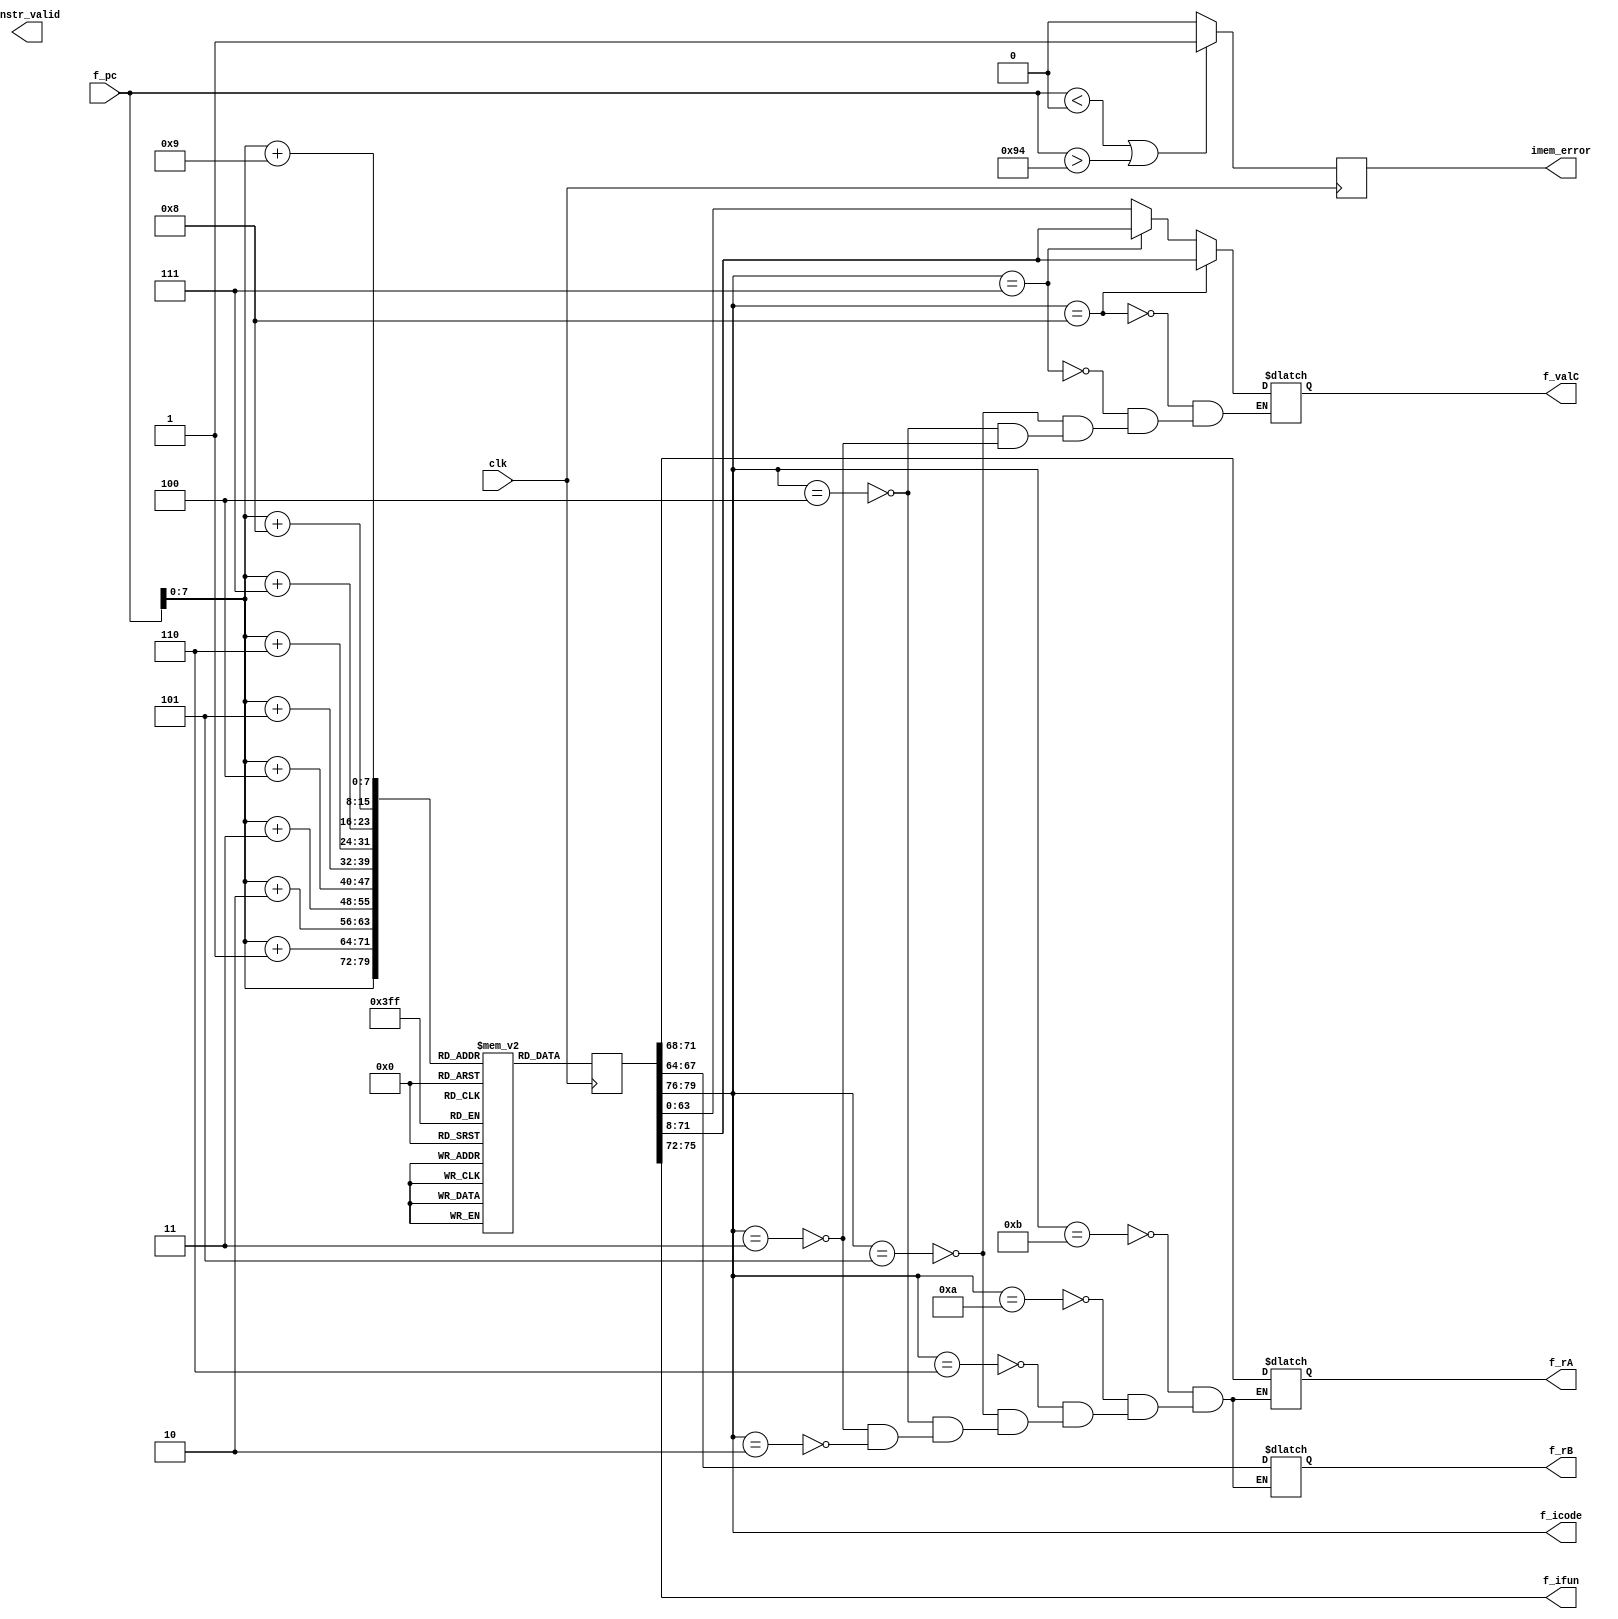


module Instruction_memory(clk,f_pc,f_icode,f_ifun,f_rA,f_rB,f_valC,imem_error,instr_valid);

input [63:0] f_pc;
input clk;
output reg [3:0] f_icode,f_ifun;
output reg [3:0] f_rA,f_rB;
output reg signed[63:0] f_valC;
output reg imem_error,instr_valid;

reg [7:0] instruction [247:0];

reg [0:79] instr;

initial
begin
    // define instruction memory

instruction[1] = 8'b00110000;
instruction[2] = 8'b11110000; 
instruction[3] = 8'b00000000; 
instruction[4] = 8'b00000000; 
instruction[5] = 8'b00000000; 
instruction[6] = 8'b00000000; 
instruction[7] = 8'b00000000; 
instruction[8] = 8'b00000000; 
instruction[9] = 8'b00000000; 
instruction[10] = 8'b00000111; 

instruction[11] = 8'b00110000;
instruction[12] = 8'b11110001; 
instruction[13] = 8'b00000000; 
instruction[14] = 8'b00000000; 
instruction[15] = 8'b00000000; 
instruction[16] = 8'b00000000; 
instruction[17] = 8'b00000000; 
instruction[18] = 8'b00000000; 
instruction[19] = 8'b00000000; 
instruction[20] = 8'b00000101; 

instruction[21] = 8'b00110000;
instruction[22] = 8'b11110010; 
instruction[23] = 8'b00000000; 
instruction[24] = 8'b00000000; 
instruction[25] = 8'b00000000; 
instruction[26] = 8'b00000000; 
instruction[27] = 8'b00000000; 
instruction[28] = 8'b00000000; 
instruction[29] = 8'b00000000; 
instruction[30] = 8'b00000100; 

instruction[31] = 8'b00110000;
instruction[32] = 8'b11110011; 
instruction[33] = 8'b00000000; 
instruction[34] = 8'b00000000; 
instruction[35] = 8'b00000000; 
instruction[36] = 8'b00000000; 
instruction[37] = 8'b00000000; 
instruction[38] = 8'b00000000; 
instruction[39] = 8'b00000000; 
instruction[40] = 8'b00000110; 

instruction[41] = 8'b01100000;
instruction[42] = 8'b00110010; 

instruction[43] = 8'b01100001;
instruction[44] = 8'b00000001; 

instruction[45] = 8'b10000000; 
instruction[46] = 8'b00000000; 
instruction[47] = 8'b00000000; 
instruction[48] = 8'b00000000; 
instruction[49] = 8'b00000000; 
instruction[50] = 8'b00000000; 
instruction[51] = 8'b00000000;
instruction[52] = 8'b00000000; 
instruction[53] = 8'b01011001; 

instruction[54] = 8'b01000000; 
instruction[55] = 8'b00100011; 
instruction[56] = 8'b00000000; 
instruction[57] = 8'b00000000; 
instruction[58] = 8'b00000000; 
instruction[59] = 8'b00000000; 
instruction[60] = 8'b00000000; 
instruction[61] = 8'b00000000;
instruction[62] = 8'b00000000; 
instruction[63] = 8'b00000111; 

instruction[64] = 8'b01010000; 
instruction[65] = 8'b10100011; 
instruction[66] = 8'b00000000; 
instruction[67] = 8'b00000000; 
instruction[68] = 8'b00000000; 
instruction[69] = 8'b00000000;
instruction[70] = 8'b00000000; 
instruction[71] = 8'b00000000;
instruction[72] = 8'b00000000; 
instruction[73] = 8'b00000111; 

instruction[74] = 8'b01100000;
instruction[75] = 8'b10100001;

instruction[76] = 8'b10100000;
instruction[77] = 8'b00101111;

instruction[78] = 8'b10110000;
instruction[79] = 8'b10111111;

instruction[80] = 8'b01110000;
instruction[81] = 8'b00000000; 
instruction[82] = 8'b00000000; 
instruction[83] = 8'b00000000; 
instruction[84] = 8'b00000000; 
instruction[85] = 8'b00000000; 
instruction[86] = 8'b00000000; 
instruction[87] = 8'b00000000; 
instruction[88] = 8'b01011110;

instruction[89] = 8'b01100010;
instruction[90] = 8'b00000001;

instruction[91] = 8'b01100011;
instruction[92] = 8'b00000000;

instruction[93] = 8'b10010000;

instruction[94] = 8'b00010000;

instruction[95] = 8'b01100001;
instruction[96] = 8'b10100010;

instruction[97] = 8'b01110100;
instruction[98] = 8'b00000000; 
instruction[99] = 8'b00000000; 
instruction[100] = 8'b00000000; 
instruction[101] = 8'b00000000; 
instruction[102] = 8'b00000000; 
instruction[103] = 8'b00000000; 
instruction[104] = 8'b00000000; 
instruction[105] = 8'b01111110;

instruction[106] = 8'b00110000;
instruction[107] = 8'b11110101; 
instruction[108] = 8'b00000000; 
instruction[109] = 8'b00000000; 
instruction[110] = 8'b00000000; 
instruction[111] = 8'b00000000; 
instruction[112] = 8'b00000000; 
instruction[113] = 8'b00000000; 
instruction[114] = 8'b00000000; 
instruction[115] = 8'b00000001;

instruction[116] = 8'b00110000;
instruction[117] = 8'b11110110; 
instruction[118] = 8'b00000000; 
instruction[119] = 8'b00000000; 
instruction[120] = 8'b00000000; 
instruction[121] = 8'b00000000; 
instruction[122] = 8'b00000000; 
instruction[123] = 8'b00000000; 
instruction[124] = 8'b00000000; 
instruction[125] = 8'b00000010;

instruction[126] = 8'b00110000;
instruction[127] = 8'b11110111; 
instruction[128] = 8'b00000000; 
instruction[129] = 8'b00000000; 
instruction[130] = 8'b00000000; 
instruction[131] = 8'b00000000; 
instruction[132] = 8'b00000000; 
instruction[133] = 8'b00000000; 
instruction[134] = 8'b00000000; 
instruction[135] = 8'b00000011;

instruction[136] = 8'b00110000;
instruction[137] = 8'b11111000; 
instruction[138] = 8'b00000000; 
instruction[139] = 8'b00000000; 
instruction[140] = 8'b00000000; 
instruction[141] = 8'b00000000; 
instruction[142] = 8'b00000000; 
instruction[143] = 8'b00000000; 
instruction[144] = 8'b00000000; 
instruction[145] = 8'b00000100;

instruction[146] = 8'b01100001;
instruction[147] = 8'b00000001;

instruction[148] = 8'b00000000;

end

always @(posedge clk)
begin
    #55
    if(f_pc<64'd0 || f_pc>64'd148)
    begin
        imem_error=1'd1;
    end
    else
    begin
        imem_error=1'd0;
    end
instr={
        instruction[f_pc],
        instruction[f_pc+1],
        instruction[f_pc+2],
        instruction[f_pc+3],
        instruction[f_pc+4],
        instruction[f_pc+5],
        instruction[f_pc+6],
        instruction[f_pc+7],
        instruction[f_pc+8],
        instruction[f_pc+9]
      };

end

always @(instr)
begin
    #1

    f_icode=instr[0:3];
    f_ifun=instr[4:7];

    #1
    
    if(f_icode==4'd0)
        begin
            
        end
    if(f_icode==4'd1)
        begin
            
        end
    if(f_icode==4'd2)
        begin
            
            f_rA<=instr[8:11];
            f_rB<=instr[12:15];
        end
    if(f_icode==4'd3)
        begin
            
            f_rA<=instr[8:11];
            f_rB<=instr[12:15];
            f_valC<=instr[16:79];
        end
    if(f_icode==4'd4)
        begin
            
            f_rA<=instr[8:11];
            f_rB<=instr[12:15];
            f_valC<=instr[16:79];
        end
    if(f_icode==4'd5)
        begin
           
            f_rA<=instr[8:11];
            f_rB<=instr[12:15];
            f_valC<=instr[16:79];
        end
    if(f_icode==4'd6)
        begin
            
            f_rA<=instr[8:11];
            f_rB<=instr[12:15];
        end
    if(f_icode==4'd7)
        begin
            
            f_valC<=instr[8:71];
        end
    if(f_icode==4'd8)
        begin
           
            f_valC<=instr[8:71];
        end
    if(f_icode==4'd9)
        begin
            
        end
    if(f_icode==4'd10)
        begin
            
            f_rA<=instr[8:11];
            f_rB<=instr[12:15];
        end
    if(f_icode==4'd11)
        begin
            
            f_rA<=instr[8:11];
            f_rB<=instr[12:15];
            end


end


endmodule

module PC_Increment(clk,f_pc,f_icode,f_valP);
    input [63:0] f_pc;
    input [3:0] f_icode;
    input clk;
    output reg[63:0] f_valP;
    initial
    begin
        f_valP <= 64'd1;
    end
    always @(posedge clk)
    begin
        #57
        if(f_icode==4'd0)
            begin
                f_valP <= f_pc+1;
            end
        if(f_icode==4'd1)
            begin
                f_valP <= f_pc+1;
            end
        if(f_icode==4'd2)
            begin
                f_valP <= f_pc+2;
            end
        if(f_icode==4'd3)
            begin
                f_valP <= f_pc+10;
            end
        if(f_icode==4'd4)
            begin
                f_valP <= f_pc+10;
            end
        if(f_icode==4'd5)
            begin
                f_valP <= f_pc+10;
            end
        if(f_icode==4'd6)
            begin
                f_valP <= f_pc+2;
            end
        if(f_icode==4'd7)
            begin
                f_valP <= f_pc+9;
            end
        if(f_icode==4'd8)
            begin
                f_valP <= f_pc+9;
            end
        if(f_icode==4'd9)
            begin
                f_valP <= f_pc+1;
            end
        if(f_icode==4'd10)
            begin
                f_valP <= f_pc+2;
            end
        if(f_icode==4'd11)
            begin
                f_valP <= f_pc+2;
            end
    end
endmodule


module Predict_PC(clk,f_icode,f_ifun,f_valP,f_valC,f_predPC);
    input [3:0] f_icode;
    input [3:0] f_ifun;
    input signed[63:0] f_valC;
    input [63:0] f_valP;
    input clk;
    output reg[63:0] f_predPC;
    initial
    begin
        f_predPC <= 64'd1;
    end
    always @(posedge clk)
    begin
        #65
        if(f_icode==4'd7 && f_ifun==4'd0) // unconditional jump
        begin
            f_predPC<=f_valC;
        end
        else if(f_icode==4'd8) //call
        begin
            f_predPC<=f_valC;
        end
        else if(f_icode==4'd7 && f_ifun>4'd0) //conditional jump
        begin
            f_predPC<=f_valC;
        end
        else  // return will be taken care off in select_pc module
        begin
            f_predPC<=f_valP;
        end     
    end
    
endmodule

module Select_PC(clk,F_predPC,M_icode,M_Cnd,M_valA,W_icode,W_valM,f_pc);
    input [3:0] M_icode;
    input [3:0] W_icode;
    input M_Cnd,clk;
    input signed[63:0] M_valA;
    input signed[63:0] W_valM;
    input [63:0] F_predPC;
    output reg[63:0] f_pc;
    always @(posedge clk)
    begin
        #50

    if(M_icode == 4'd7 && M_Cnd==1'd0) // misprediction of conditional jump
    begin
        f_pc <= M_valA;
    end
    else if( W_icode == 4'd9 )  // return 
    begin
        f_pc <= W_valM;
    end
    else
    begin
        f_pc <= F_predPC;
    end
    end

endmodule


module f_Stat(clk,f_icode,imem_error,instr_valid,f_stat);
    input [3:0] f_icode;
    input imem_error;
    input instr_valid,clk;
    output reg[3:0] f_stat;

    always @(posedge clk)
    begin
        #65
        if(imem_error==1'd1) 
        begin
            f_stat <= 4'd1;
        end
        else if (instr_valid==1'd0)
        begin
            f_stat <= 4'd2;
        end
        else if (f_icode == 4'h0)  // halt condition
        begin
            f_stat <= 4'd3;
        end
        else 
        begin
            f_stat <= 4'd4;
        end
    end

endmodule

module F(clk,F_stall,f_predPC,F_predPC);
    input clk,F_stall;
    input [63:0] f_predPC;
    output reg[63:0] F_predPC;
    always @ (posedge clk)
    begin
        if (F_stall==1'd0)
        begin
            F_predPC <= f_predPC;
        end
    end
endmodule